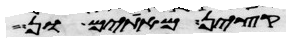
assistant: בין המיתים ובין